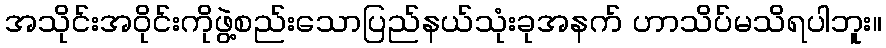
အသိုင်းအဝိုင်းကိုဖွဲ့စည်းသောပြည်နယ်သုံးခုအနက် ဟာသိပ်မသိရပါဘူး။